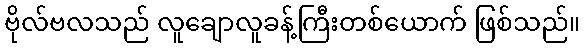
ဗိုလ်ဗလသည် လူချောလူခန့်ကြီးတစ်ယောက် ဖြစ်သည်။